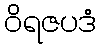
ဝိရဇပဒံ